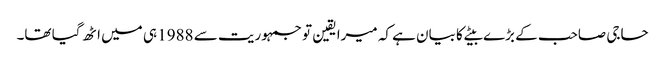
حاجی صاحب کے بڑے بیٹے کا بیان ہے کہ میرا یقین تو جمہوریت سے 1988 ہی میں اٹھ گیا تھا۔